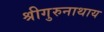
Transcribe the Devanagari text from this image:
श्रीगुरुनाथाय